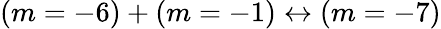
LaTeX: (m=-6)+(m=-1)\leftrightarrow(m=-7)